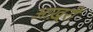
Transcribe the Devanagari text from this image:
आख़्ररी